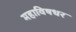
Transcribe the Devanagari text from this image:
महाविषधर